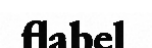
flabel